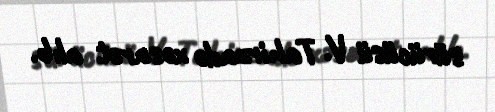
sürücüsü V. Tahirzadə xəsarət alıb.